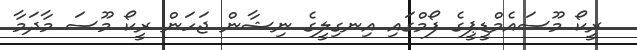
ރީކޯ މޫސައެމްޑީޕީގެ ފޯމްގައި އިނގިލީގެ ނިޝާން ޖަހަން ރީކޯ މޫސަ މާދަމާ